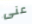
عنى